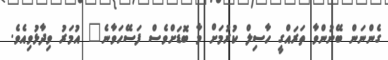
ގެންނަން ބޭނުންވާ ތަރައްގީ ހާސިލް ކުރުމަށް މާ ބޮޑަށްވެސް ފަސޭހަވާނެ" އުމަރު ވިދާޅުވިއެވެ.